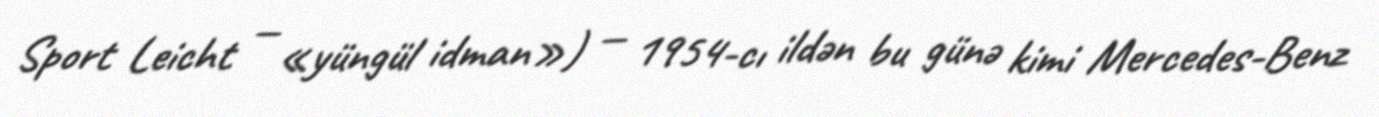
Sport Leicht — «yüngül idman») — 1954-cı ildən bu günə kimi Mercedes-Benz